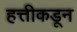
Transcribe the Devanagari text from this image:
हत्तीकडून